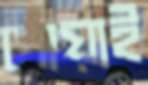
পোয়াই